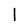
Digit: 1